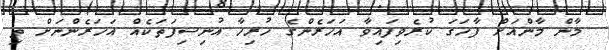
މާން މާންއަށް ފާހަގަ ކުރެވިފައިވާ އަހަރެންގެ ހުރިހާ އުނިސިފަތަކެއް އަހަރެންނަށް ތި